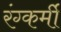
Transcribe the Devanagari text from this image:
रंग्कर्मी